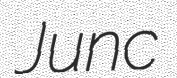
Junc